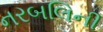
નરબલિની